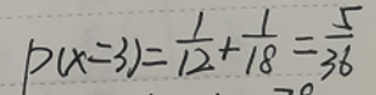
\[
P(X = 3)=\frac{1}{12}+\frac{1}{18}=\frac{5}{36}
\]